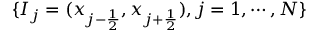
\{ I _ { j } = ( x _ { j - \frac { 1 } { 2 } } , x _ { j + \frac { 1 } { 2 } } ) , j = 1 , \cdots , N \}